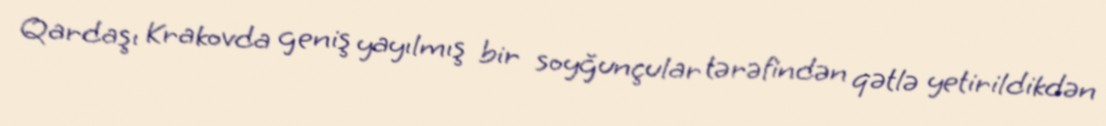
Qardaşı Krakovda geniş yayılmış bir soyğunçular tərəfindən qətlə yetirildikdən